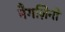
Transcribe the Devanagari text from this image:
मैगज़िनों